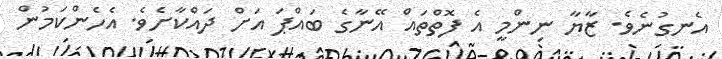
އެނގުނެވެ. ޒާޔާ ނިންމީ އެ ފޮތްތައް އޭނާގެ ބައްޕަ އަށް ދައްކާށެވެ. އެހެންކަމުން